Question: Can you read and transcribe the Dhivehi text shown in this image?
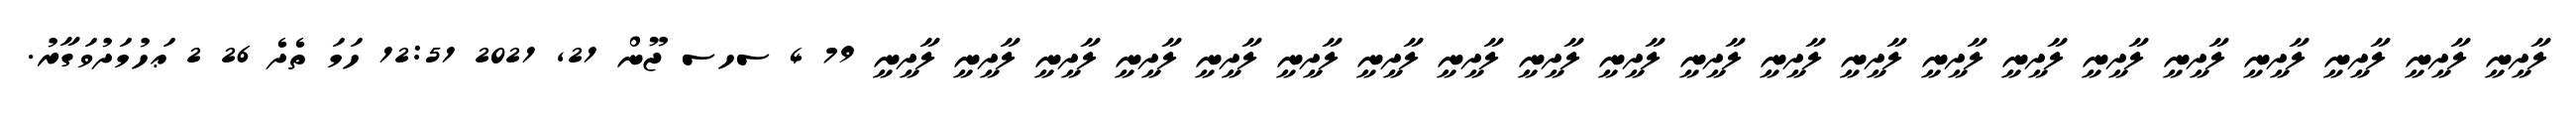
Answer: ލާދީނީ ލާދީނީ ލާދީނީ ލާދީނީ ލާދީނީ ލާދީނީ ލާދީނީ ލާދީނީ ލާދީނީ ލާދީނީ ލާދީނީ ލާދީނީ ލާދީނީ ލާދީނީ ލާދީނީ ލާދީނީ ލާދީނީ ލާދީނީ ލާދީނީ ލާދީނީ ލާދީނީ 79 4 ސހސ ޖޫން 21, 2021 12:51 ހަމަ ތެދެ 26 2 ޢަހުމަދުވަގާރު.